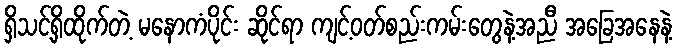
ရှိသင့်ရှိထိုက်တဲ့ မနောကံပိုင်း ဆိုင်ရာ ကျင့်ဝတ်စည်းကမ်းတွေနဲ့အညီ အခြေအနေနဲ့